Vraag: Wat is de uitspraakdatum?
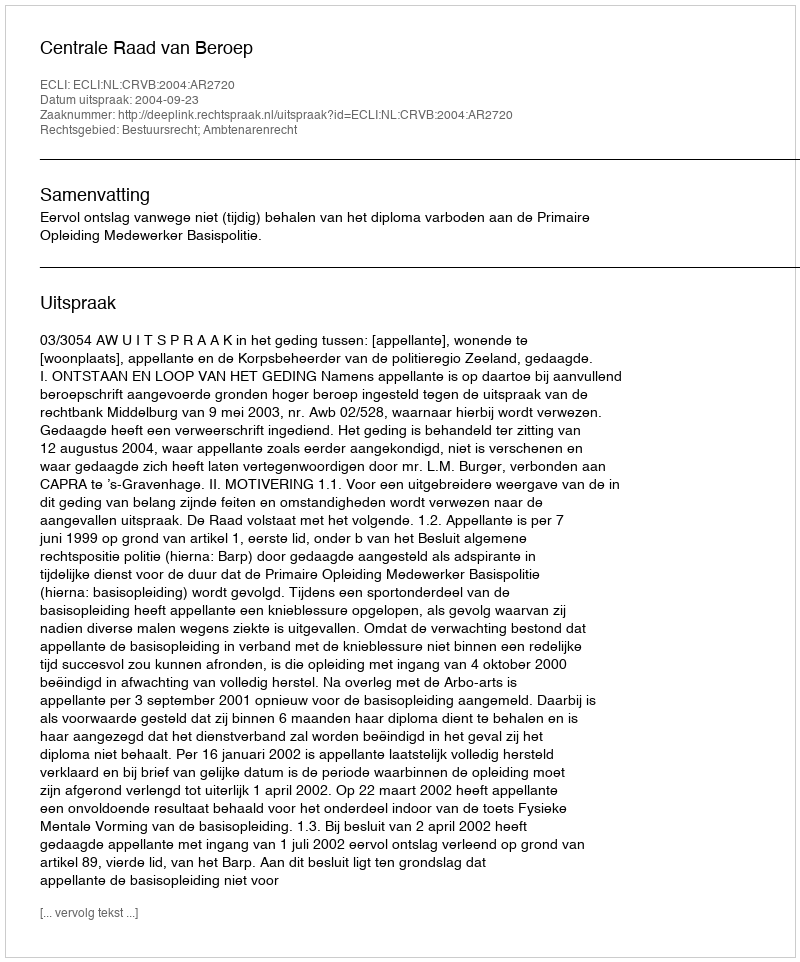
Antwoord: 2004-09-23